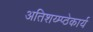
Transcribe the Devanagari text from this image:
अतिशय्म्प्ठेकार्य